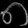
Digit: ၈